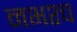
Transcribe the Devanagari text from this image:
नभश्च